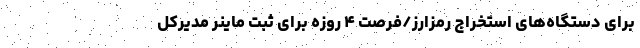
برای دستگاه‌های استخراج رمزارز/فرصت ۴ روزه برای ثبت ماینر مدیرکل